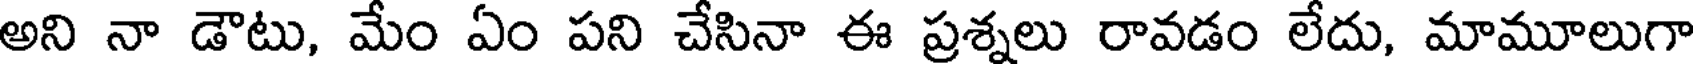
అని నా డౌటు, మేం ఏం పని చేసినా ఈ ప్రశ్నలు రావడం లేదు, మామూలుగా